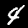
Digit: 4